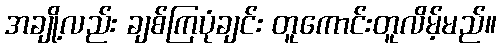
အချို့လည်း ချစ်ကြပုံချင်း တူကောင်းတူလိမ့်မည်။